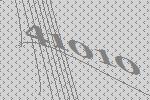
41010